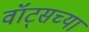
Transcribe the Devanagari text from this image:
वॉट्सच्या